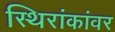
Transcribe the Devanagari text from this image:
स्थिरांकांवर